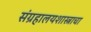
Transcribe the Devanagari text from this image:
संग्रहालयशास्त्राचा